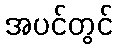
အပင်တွင်